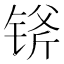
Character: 𲈇